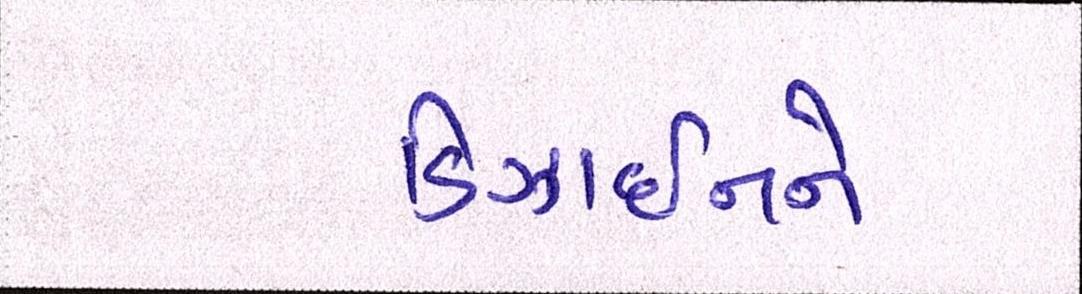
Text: ડિઝાઈનને